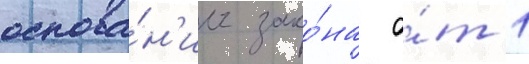
основа́н'ии зако́на о́т 1